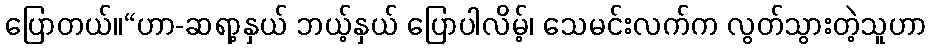
ပြောတယ်။“ဟာ-ဆရာ့နှယ် ဘယ့်နှယ် ပြောပါလိမ့်၊ သေမင်းလက်က လွတ်သွားတဲ့သူဟာ